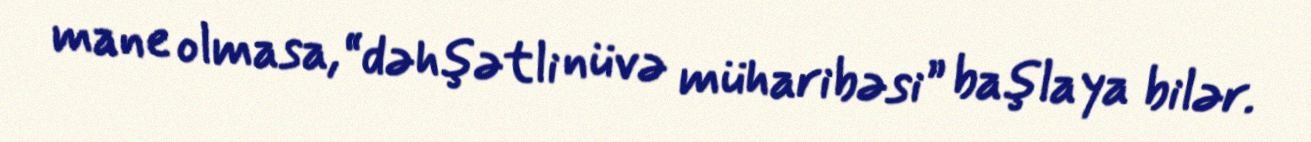
mane olmasa, “dəhşətli nüvə müharibəsi” başlaya bilər.